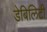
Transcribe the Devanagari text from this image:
डेबिलिटी